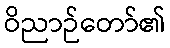
ဝိညာဉ်တော်၏